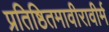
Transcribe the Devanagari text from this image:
प्रतिष्ठितमावीरावीर्म